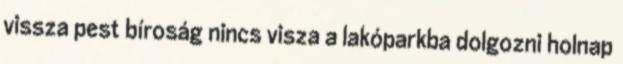
vissza pest bíroság nincs visza a lakóparkba dolgozni holnap